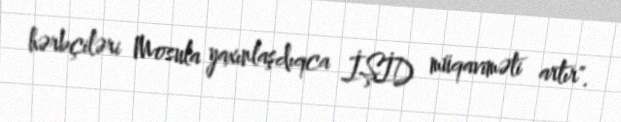
hərbçiləri Mosula yaxınlaşdıqca İŞİD müqaviməti artır".